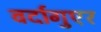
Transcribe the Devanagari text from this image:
वर्दागुएर